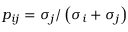
p _ { i j } = \sigma _ { j } / \left( \sigma _ { i } + \sigma _ { j } \right)